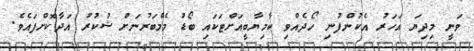
ވަނީ މިދިޔަ އަހަރު އެކުންފުނި ހޯދެއްވި ކާމިޔާބީއަށްޓަކައި ބޯޑު މެމްބަރުނަށް ޝުކުރު އަދާކޮށްފައެވެ.